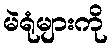
မဲရုံများကို